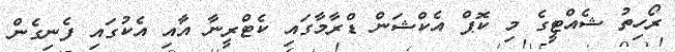
ރޯހިތު ޝެއްޓީގެ މި ކޮޕް އެކްޝަން ޑްރާމާގައި ކެޓްރީނާ އާއި އެކުގައި ފެނިގެން